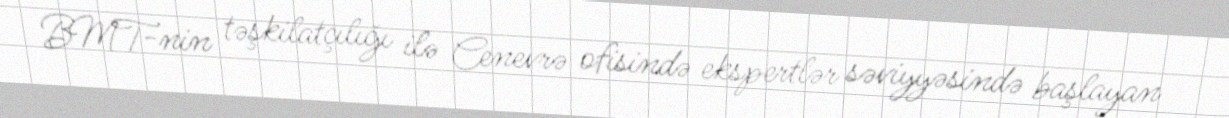
BMT-nin təşkilatçılığı ilə Cenevrə ofisində ekspertlər səviyyəsində başlayan